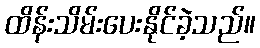
ထိန်းသိမ်းပေးနိုင်ခဲ့သည်။